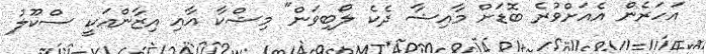
އަހަރެން އެއަށްވުރެ ބޮޑަށް މާއިޝާ ދެކެ ލޯބިވަން" މިޝްކާ އާއި އިޒާންއަކީ ސްކޫލު